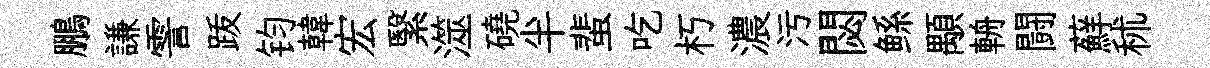
鵬謙霅䟦钧韓宏繄澨磽半蜚吃朽濃污閟鲧顒輈闘蘚秫